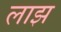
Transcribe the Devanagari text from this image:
लाझ